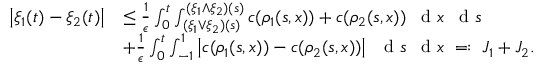
\begin{array} { r l } { \left| \xi _ { 1 } ( t ) - \xi _ { 2 } ( t ) \right| } & { \leq \frac { 1 } { \epsilon } \int _ { 0 } ^ { t } \int _ { ( \xi _ { 1 } \vee \xi _ { 2 } ) ( s ) } ^ { ( \xi _ { 1 } \wedge \xi _ { 2 } ) ( s ) } c ( \rho _ { 1 } ( s , x ) ) + c ( \rho _ { 2 } ( s , x ) ) \textrm { \, d } x \textrm { \, d } s } \\ & { + \frac { 1 } { \epsilon } \int _ { 0 } ^ { t } \int _ { - 1 } ^ { 1 } \left| c ( \rho _ { 1 } ( s , x ) ) - c ( \rho _ { 2 } ( s , x ) ) \right| \textrm { \, d } s \textrm { \, d } x \; = : \; J _ { 1 } + J _ { 2 } . } \end{array}